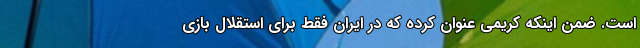
است. ضمن اینکه کریمی عنوان کرده که در ایران فقط برای استقلال بازی